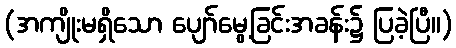
(အကျိုးမရှိသော ပျော်မွေ့ခြင်းအခန်း၌ ပြခဲ့ပြီ။)